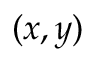
( x , y )